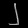
Digit: ၂